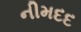
નીમદદ